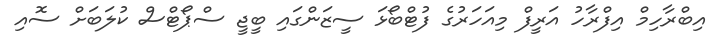
އިބްރާހިމް އިފްރާހު އަރީފް މިއަހަރުގެ ފުޓްބޯޅަ ސީޒަންގައި ބީޖީ ސްޕޯޓްސް ކުލަބަށް ސޮއި